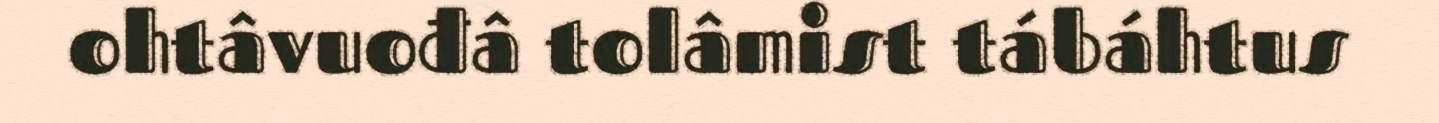
ohtâvuođâ tolâmist tábáhtus